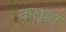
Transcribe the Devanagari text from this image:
कलुवा